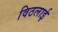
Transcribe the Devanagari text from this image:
विठलाई